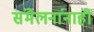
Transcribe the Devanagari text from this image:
संमेलनांनाही